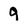
Character: 9